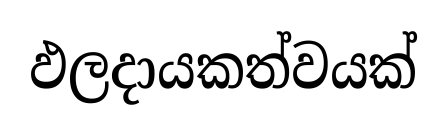
ඵලදායකත්වයක්